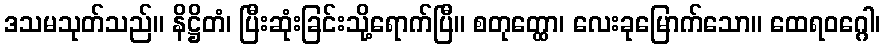
ဒသမသုတ်သည်။ နိဋ္ဌိတံ၊ ပြီးဆုံးခြင်းသို့ရောက်ပြီ။ စတုတ္ထော၊ လေးခုမြောက်သော။ ထေရဝဂ္ဂေါ၊